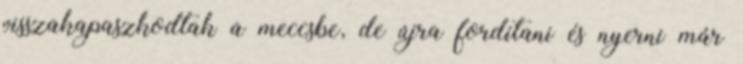
visszakapaszkodtak a meccsbe, de újra fordítani és nyerni már